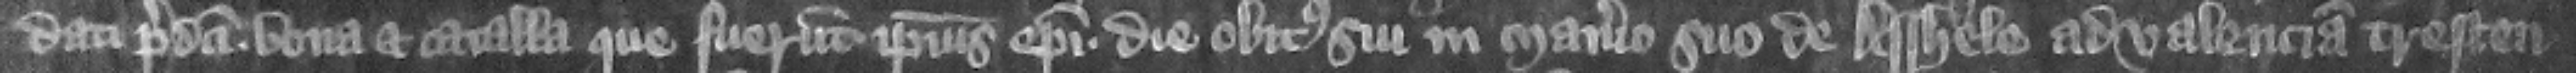
dati predicti bona et catalla que fuerunt ipsius episcopi die obitus sui in manerio suo de Asshele ad valenciam trescen